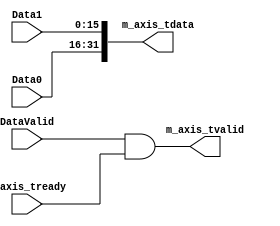
`timescale 1ns / 1ps
//////////////////////////////////////////////////////////////////////////////////
// Company: 
// Engineer: 
// 
// Design Name: 
// Module Name: DAC_FIFO
// Project Name: 
// Target Devices: 
// Tool Versions: 
// Description: 
// 
// Dependencies: 
// 
// Revision:
// Revision 0.01 - File Created
// Additional Comments:
// 
//////////////////////////////////////////////////////////////////////////////////


module DAC_FIFO(
    input [15:0] Data0,
    input [15:0] Data1,
    input DataValid,
    output [31:0] m_axis_tdata,
    input m_axis_tready,
    output m_axis_tvalid
    );
    
assign m_axis_tdata = {Data0, Data1};
assign m_axis_tvalid = DataValid & m_axis_tready;
    
endmodule